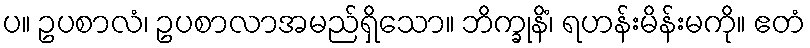
ပ။ ဥပစာလံ၊ ဥပစာလာအမည်ရှိသော။ ဘိက္ခုနိံ၊ ရဟန်းမိန်းမကို။ ဧတံ